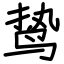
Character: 鸷